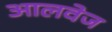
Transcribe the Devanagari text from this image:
आलवेज